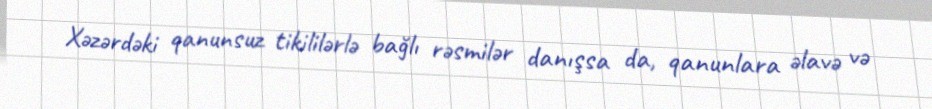
Xəzərdəki qanunsuz tikililərlə bağlı rəsmilər danışsa da, qanunlara əlavə və